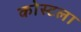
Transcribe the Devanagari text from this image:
कोस्टला